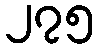
၂၇၅